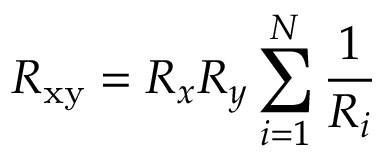
R _ { \mathrm { x y } } = R _ { x } R _ { y } \sum _ { i = 1 } ^ { N } { \frac { 1 } { R _ { i } } }